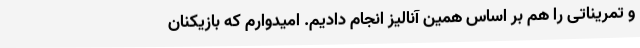
و تمریناتی را هم بر اساس همین آنالیز انجام دادیم. امیدوارم که بازیکنان